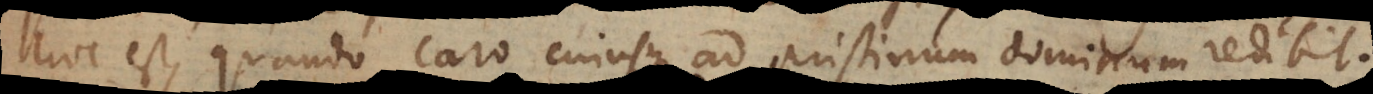
hoc est, quando caro cujusque ad pristinum dominum redibit.